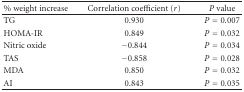
<table><thead><tr><td><b>% weight increase</b></td><td><b>Correlation coefficient (<i>r</i>) </b></td><td><b><i>P</i> value</b></td></tr></thead><tbody><tr><td>TG</td><td>0.930</td><td><i>P</i> = 0.007</td></tr><tr><td>HOMA-IR</td><td>0.849</td><td><i>P</i> = 0.032</td></tr><tr><td>Nitric oxide</td><td>−0.844</td><td><i>P</i> = 0.034</td></tr><tr><td>TAS</td><td>−0.858</td><td><i>P</i> = 0.028</td></tr><tr><td>MDA</td><td>0.850</td><td><i>P</i> = 0.032</td></tr><tr><td>AI</td><td>0.843</td><td><i>P</i> = 0.035</td></tr></tbody></table>